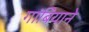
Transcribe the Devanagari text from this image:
गांबियाने